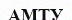
АМТУ